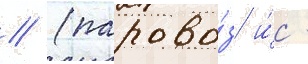
// (парово́з и́с -